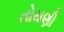
તોયણી